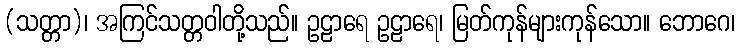
(သတ္တာ)၊ အကြင်သတ္တဝါတို့သည်။ ဥဠာရေ ဥဠာရေ၊ မြတ်ကုန်များကုန်သော။ ဘောဂေ၊